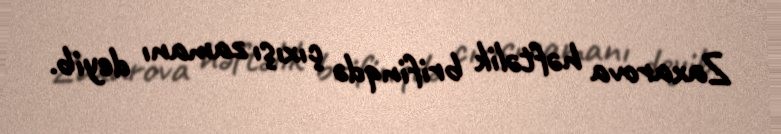
Zaxarova həftəlik brifinqdə çıxışı zamanı deyib.